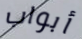
أبواب